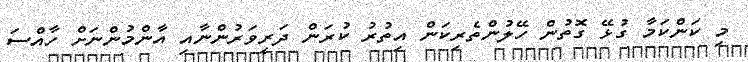
މި ކަންކަމާ ގުޅޭ ގޮތުން ހޭލުންތެރިކަން އިތުރު ކުރަން ދަރިވަރުންނާއި އާންމުންނަށް ހާއްސަ